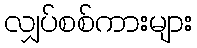
လျှပ်စစ်ကားများ